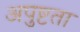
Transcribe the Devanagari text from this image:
अपुष्टता